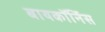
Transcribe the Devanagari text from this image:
बायकॉर्निस